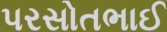
પરસોતભાઈ